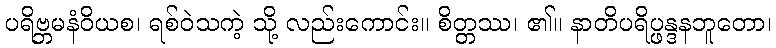
ပရိဗ္ဘမနံဝိယစ၊ ရစ်ဝဲသကဲ့ သို့ လည်းကောင်း။ စိတ္တဿ၊ ၏။ နာတိပရိပ္ဖန္ဒနဘူတော၊